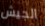
الجيش